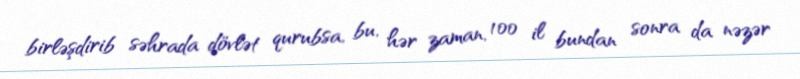
birləşdirib səhrada dövlət qurubsa, bu, hər zaman, 100 il bundan sonra da nəzər